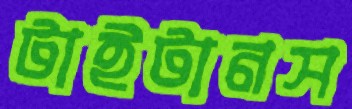
টাইটানস